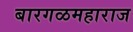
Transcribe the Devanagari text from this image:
बारगळमहाराज